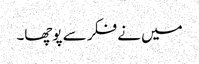
میں نے فکر سے پوچھا۔